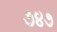
૭૪૭